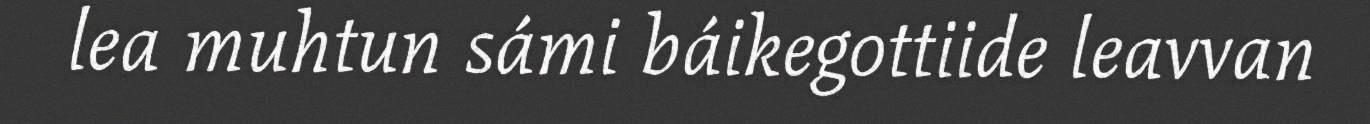
lea muhtun sámi báikegottiide leavvan